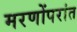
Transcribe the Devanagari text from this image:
मरणोंपरांत